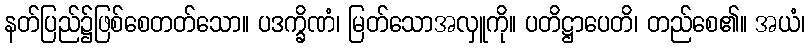
နတ်ပြည်၌ဖြစ်စေတတ်သော။ ပဒက္ခိဏံ၊ မြတ်သောအလှူကို။ ပတိဋ္ဌာပေတိ၊ တည်စေ၏။ အယံ၊